画像に写った文字を読んでください
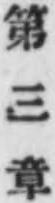
「第三章」と書いてあります